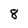
Character: 8